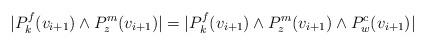
LaTeX: \begin{align*}|P^f_{k}(v_{i+1}) \wedge P^m_{z}(v_{i+1})| = |P^f_{k}(v_{i+1}) \wedge P^m_{z}(v_{i+1}) \wedge P^c_{w}(v_{i+1})|\end{align*}